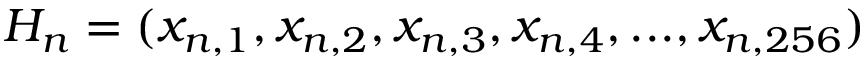
H _ { n } = ( x _ { n , 1 } , x _ { n , 2 } , x _ { n , 3 } , x _ { n , 4 } , . . . , x _ { n , 2 5 6 } )